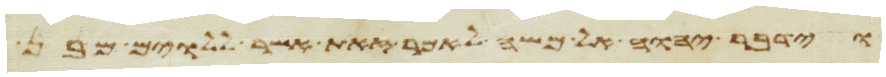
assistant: וידבר יהוה אל משה לאמר זאת אשר ללוים מבן